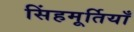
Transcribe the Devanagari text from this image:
सिंहमूर्तियाँ